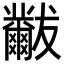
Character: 𬋾